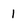
Character: 1